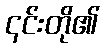
၎င်းတို၏